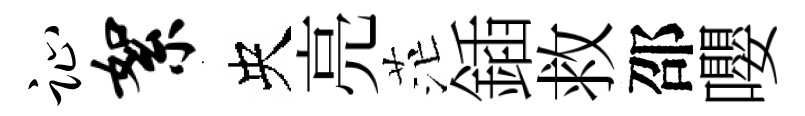
趾絮央亮茫鍤救邵嚶